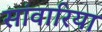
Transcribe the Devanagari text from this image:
सांवारिया